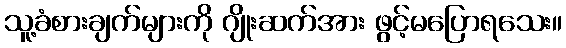
သူ့ခံစားချက်များကို ဂျိုးဆက်အား ဖွင့်မပြောရသေး။